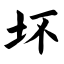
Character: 坏